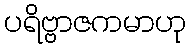
ပရိဗ္ဗာဇကမာဟု